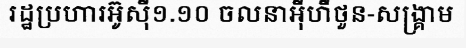
រដ្ឋប្រហារអ៊ូស៊ី១.១០ ចលនាអ៊ីហឺថួន-សង្គ្រាម